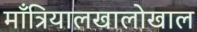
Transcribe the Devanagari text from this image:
माँत्रियालखालोखाल